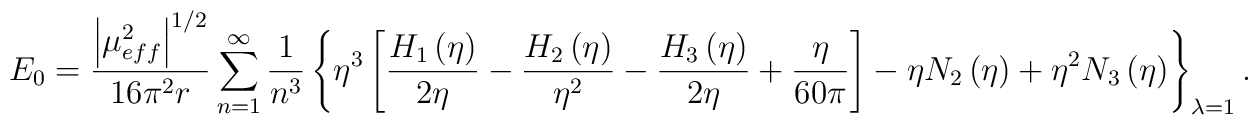
E_{0}=\frac{\left|\mu _{eff}^{2}\right|^{1/2}}{16\pi ^{2}r}\sum _{n=1}^{\infty }\frac{1}{n^{3}}\left\{ \eta ^{3}\left[\frac{H_{1}\left(\eta \right)}{2\eta }-\frac{H_{2}\left(\eta \right)}{\eta ^{2}}-\frac{H_{3}\left(\eta \right)}{2\eta }+\frac{\eta }{60\pi }\right]-\eta N_{2}\left(\eta \right)+\eta ^{2}N_{3}\left(\eta \right)\right\} _{\lambda =1}.